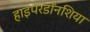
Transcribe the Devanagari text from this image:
हाइपरडॉनशिया